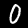
Label: 0